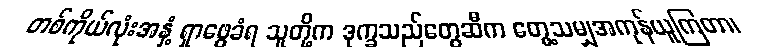
တစ်ကိုယ်လုံးအနှံ့ ရှာဖွေခံရ သူတို့က ဒုက္ခသည်တွေဆီက တွေ့သမျှအကုန်ယူကြတာ၊